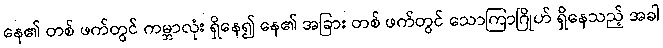
နေ၏ တစ် ဖက်တွင် ကမ္ဘာလုံး ရှိနေ၍ နေ၏ အခြား တစ် ဖက်တွင် သောကြာဂြိုဟ် ရှိနေသည့် အခါ